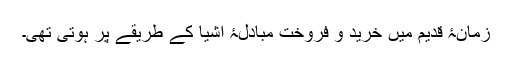
زمانۂ قدیم میں خرید و فروخت مبادلۂ اشیا کے طریقے پر ہوتی تھی۔